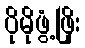
ပိုမိုဖွံ့ဖြိုး